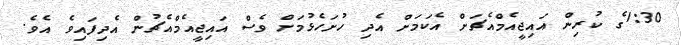
1:30ގެ ކުރިން އައިޖީއެމްއެޗަށް އެކަމަށް އެދި ހުށަހެޅުމަށް ވެސް އައިޖީއެމްއެޗުން އެދިފައިވެ އެވެ.